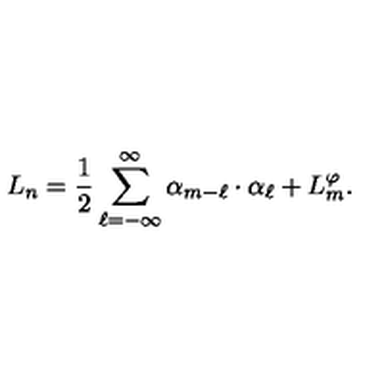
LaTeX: L _ { n } = { \frac { 1 } { 2 } } \sum _ { \ell = - \infty } ^ { \infty } \alpha _ { m - \ell } \cdot \alpha _ { \ell } + L _ { m } ^ { \varphi } .